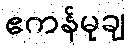
ဧကန်မုချ